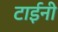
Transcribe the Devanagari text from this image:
टाईनी